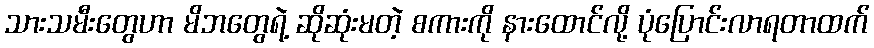
သားသမီးတွေဟာ မိဘတွေရဲ့ ဆိုဆုံးမတဲ့ စကားကို နားထောင်လို့ ပုံပြောင်းလာရတာထက်